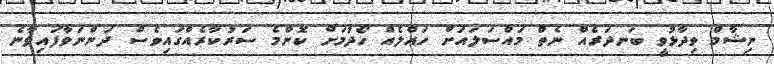
ނިޝާމް ވިދާޅުވީ ބަނދަރެއް ނެތް މައްސަލައަށް ހައްލެއް ހޯދުމަށް ކޮންމެ ސަރުކާރެއްގައިވެސް ދަންނަވާފައިވާނެ